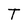
Character: T